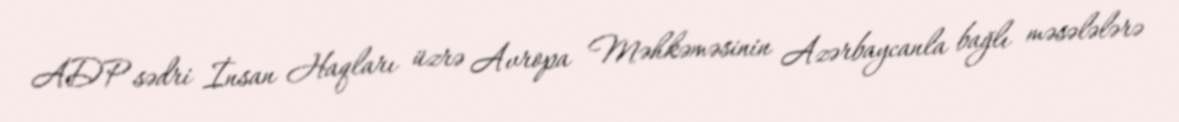
ADP sədri İnsan Haqları üzrə Avropa Məhkəməsinin Azərbaycanla bağlı məsələlərə